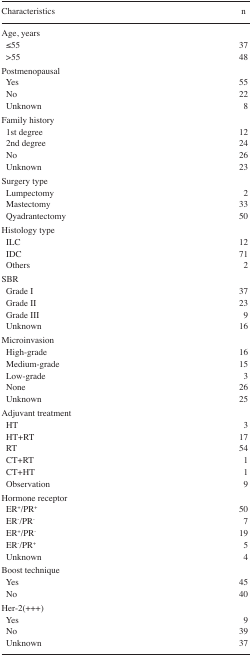
| Characteristics | n |
 | --- | --- |
 | <COLSPAN=2> Age, years |
 | ≤55 | 37 |
 | >55 | 48 |
 | <COLSPAN=2> Postmenopausal |
 | Yes | 55 |
 | No | 22 |
 | Unknown | 8 |
 | <COLSPAN=2> Family history |
 | 1st degree | 12 |
 | 2nd degree | 24 |
 | No | 26 |
 | Unknown | 23 |
 | <COLSPAN=2> Surgery type |
 | Lumpectomy | 2 |
 | Mastectomy | 33 |
 | Qyadrantectomy | 50 |
 | <COLSPAN=2> Histology type |
 | ILC | 12 |
 | IDC | 71 |
 | Others | 2 |
 | <COLSPAN=2> SBR |
 | Grade I | 37 |
 | Grade II | 23 |
 | Grade III | 9 |
 | Unknown | 16 |
 | <COLSPAN=2> Microinvasion |
 | High-grade | 16 |
 | Medium-grade | 15 |
 | Low-grade | 3 |
 | None | 26 |
 | Unknown | 25 |
 | <COLSPAN=2> Adjuvant treatment |
 | HT | 3 |
 | HT+RT | 17 |
 | RT | 54 |
 | CT+RT | 1 |
 | CT+HT | 1 |
 | Observation | 9 |
 | <COLSPAN=2> Hormone receptor |
 | ER+/PR+ | 50 |
 | ER−/PR− | 7 |
 | ER+/PR− | 19 |
 | ER−/PR+ | 5 |
 | Unknown | 4 |
 | <COLSPAN=2> Boost technique |
 | Yes | 45 |
 | No | 40 |
 | <COLSPAN=2> Her-2(+++) |
 | Yes | 9 |
 | No | 39 |
 | Unknown | 37 |